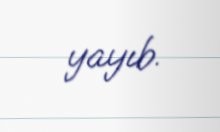
yayıb.